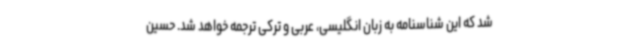
شد که این شناسنامه به زبان انگلیسی، عربی و ترکی ترجمه خواهد شد. حسین